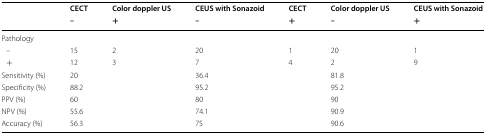
<table><thead><tr><td rowspan="2"></td><td><b>CECT</b></td><td><b>Color doppler US</b></td><td><b>CEUS with Sonazoid</b></td><td><b>CECT</b></td><td><b>Color doppler US</b></td><td><b>CEUS with Sonazoid</b></td></tr><tr><td><b>–</b></td><td><b>+</b></td><td><b>–</b></td><td><b>+</b></td><td><b>–</b></td><td><b>+</b></td></tr></thead><tbody><tr><td>Pathology</td><td></td><td></td><td></td><td></td><td></td><td></td></tr><tr><td> –</td><td>15</td><td>2</td><td>20</td><td>1</td><td>20</td><td>1</td></tr><tr><td> +</td><td>12</td><td>3</td><td>7</td><td>4</td><td>2</td><td>9</td></tr><tr><td>Sensitivity (%)</td><td colspan="2">20</td><td colspan="2">36.4</td><td colspan="2">81.8</td></tr><tr><td>Specificity (%)</td><td colspan="2">88.2</td><td colspan="2">95.2</td><td colspan="2">95.2</td></tr><tr><td>PPV (%)</td><td colspan="2">60</td><td colspan="2">80</td><td colspan="2">90</td></tr><tr><td>NPV (%)</td><td colspan="2">55.6</td><td colspan="2">74.1</td><td colspan="2">90.9</td></tr><tr><td>Accuracy (%)</td><td colspan="2">56.3</td><td colspan="2">75</td><td colspan="2">90.6</td></tr></tbody></table>